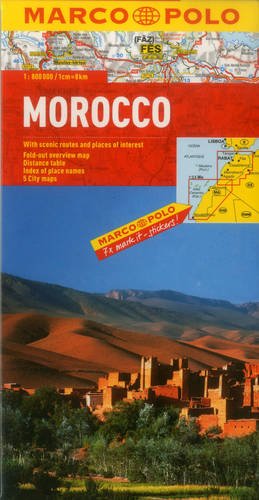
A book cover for Morocco Marco Polo Map (Marco Polo Maps); Marco Polo Travel; Travel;